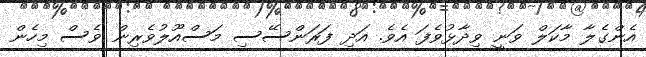
އެންގެލާ މާކަލް ވަނީ ވިދާޅުވެފަ އެވެ. އަދި ފަރަންސޭސި މަސްއޫލުވެރިން ވެސް މިހެން